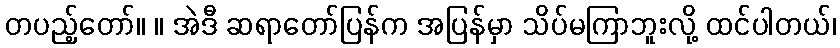
တပည့်တော်။ ။ အဲဒီ ဆရာတော်ပြန်က အပြန်မှာ သိပ်မကြာဘူးလို့ ထင်ပါတယ်၊